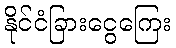
နိုင်ငံခြားငွေကြေး